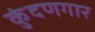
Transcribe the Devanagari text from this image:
कुंदणगार